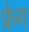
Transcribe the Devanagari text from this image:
फ्रेग